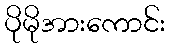
ပိုမိုအားကောင်း